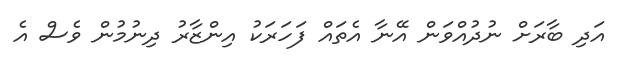
އަދި ބާރަށް ނުދުއްވަން އޭނާ އެތައް ފަހަރަކު އިންޒާރު ދިނުމުން ވެސް އެ